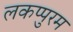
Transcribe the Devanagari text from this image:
लकप्पुरम